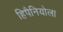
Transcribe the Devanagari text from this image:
हिपैनियोला